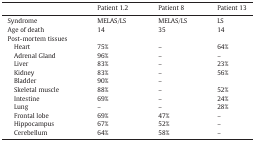
<table><thead><tr><td></td><td><b>Patient 1.2</b></td><td><b>Patient 8</b></td><td><b>Patient 13</b></td></tr></thead><tbody><tr><td>Syndrome</td><td>MELAS/LS</td><td>MELAS/LS</td><td>LS</td></tr><tr><td>Age of death</td><td>14</td><td>35</td><td>14</td></tr><tr><td>Post-mortem tissues</td><td></td><td></td><td></td></tr><tr><td> Heart</td><td>75%</td><td>–</td><td>64%</td></tr><tr><td> Adrenal Gland</td><td>96%</td><td>–</td><td>–</td></tr><tr><td> Liver</td><td>83%</td><td>–</td><td>23%</td></tr><tr><td> Kidney</td><td>83%</td><td>–</td><td>56%</td></tr><tr><td> Bladder</td><td>90%</td><td>–</td><td></td></tr><tr><td> Skeletal muscle</td><td>88%</td><td>–</td><td>52%</td></tr><tr><td> Intestine</td><td>69%</td><td>–</td><td>24%</td></tr><tr><td> Lung</td><td>–</td><td>–</td><td>28%</td></tr><tr><td> Frontal lobe</td><td>69%</td><td>47%</td><td>–</td></tr><tr><td> Hippocampus</td><td>67%</td><td>52%</td><td>–</td></tr><tr><td> Cerebellum</td><td>64%</td><td>58%</td><td>–</td></tr></tbody></table>